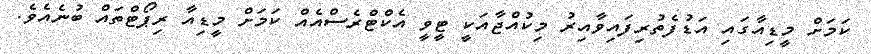
ކަމަށް މީޑިއާގައި އަޑުފެތުރިފައިވާއިރު މިކުއްޖާއަކީ ޓީވީ އެކްޓްރެސްއެއް ކަމަށް މީޑިއާ ރިޕޯޓްތައް ބުނެއެވެ.